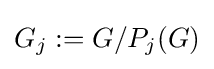
G_{j}:=G/P_{j}(G)